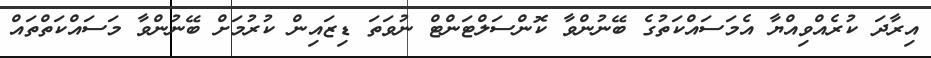
އިރާދަ ކުރެއްވިއްޔާ އެމަސައްކަތުގެ ބޭނުންވާ ކޮންސަލްޓަންޓް ނުވަަތަ ޑިޒައިން ކުރުމަށް ބޭނުންވާ މަސައްކަތްތައް